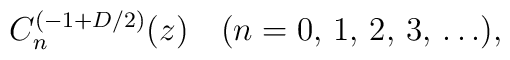
C_n ^{(-1+D/2)} (z) \quad (n=0,\,1,\,2,\,3,\,\ldots),